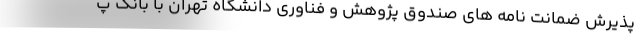
پذیرش ضمانت نامه های صندوق پژوهش و فناوری دانشگاه تهران با بانک پ